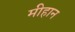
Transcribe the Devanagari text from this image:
मीहान